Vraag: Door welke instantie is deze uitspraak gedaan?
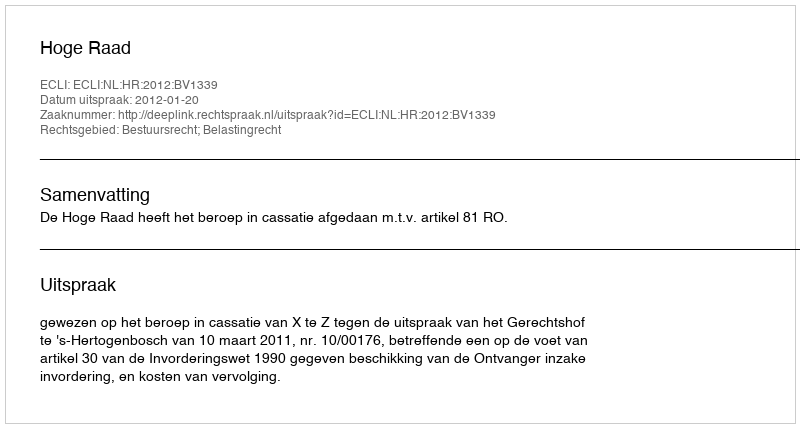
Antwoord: Hoge Raad